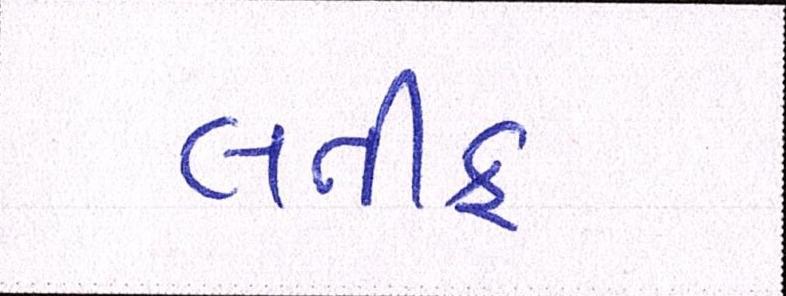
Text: લતીફ